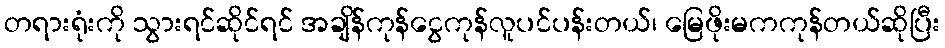
တရားရုံးကို သွားရင်ဆိုင်ရင် အချိန်ကုန်ငွေကုန်လူပင်ပန်းတယ်၊ မြေဖိုးမကကုန်တယ်ဆိုပြီး